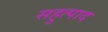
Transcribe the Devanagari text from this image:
सहुत्पाद